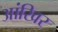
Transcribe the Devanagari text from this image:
आंखिर